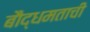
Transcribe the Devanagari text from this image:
बौद्धमताची